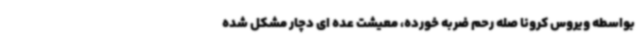
بواسطه ویروس کرونا صله رحم ضربه خورده، معیشت عده ای دچار مشکل شده